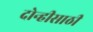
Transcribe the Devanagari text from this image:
दोन्हीसाठी